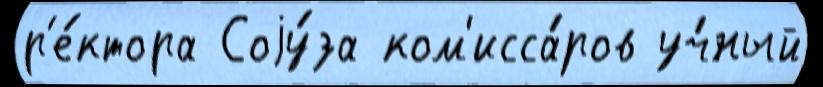
р'е́ктора Соjу́за ком'исса́ров уч́ный